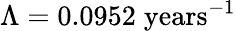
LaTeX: \Lambda=0.0952\; \textrm{years}^{-1}